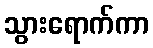
သွားရောက်ကာ